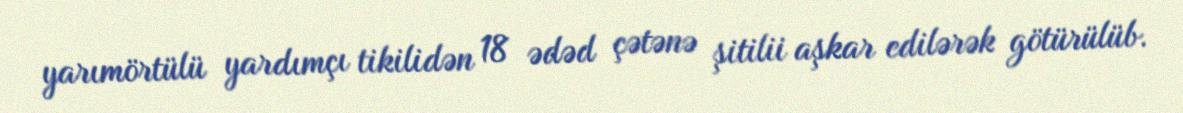
yarımörtülü yardımçı tikilidən 18 ədəd çətənə şitilii aşkar edilərək götürülüb.